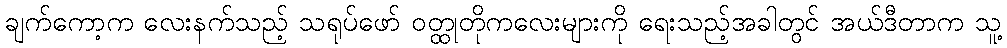
ချက်ကော့က လေးနက်သည့် သရုပ်ဖော် ဝတ္ထုတိုကလေးများကို ရေးသည့်အခါတွင် အယ်ဒီတာက သူ့